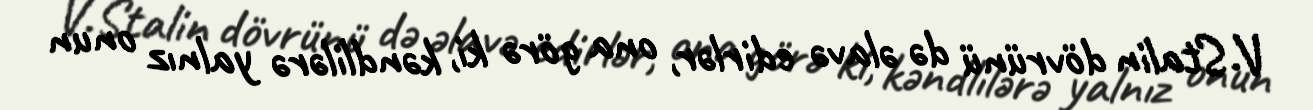
V.Stalin dövrünü də əlavə edirlər, ona görə ki, kəndlilərə yalnız onun